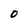
Character: 0